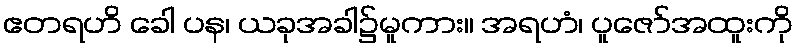
ဧတရဟိ ခေါ ပန၊ ယခုအခါ၌မူကား။ အရဟံ၊ ပူဇော်အထူးကို